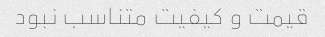
قیمت و کیفیت متناسب نبود